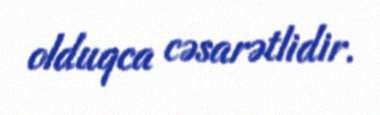
olduqca cəsarətlidir.